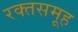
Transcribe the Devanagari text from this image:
रक्तसमूह